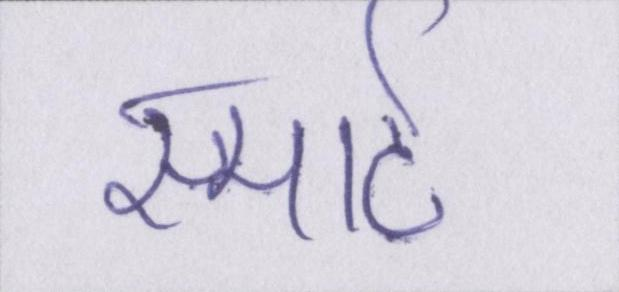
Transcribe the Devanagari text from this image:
स्मार्ट